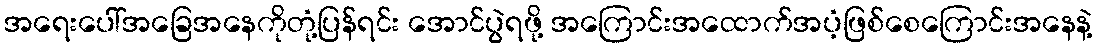
အရေးပေါ်အခြေအနေကိုတုံ့ပြန်ရင်း အောင်ပွဲရဖို့ အကြောင်းအထောက်အပံ့ဖြစ်စေကြောင်းအနေနဲ့